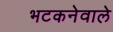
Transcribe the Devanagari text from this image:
भटकनेवाले